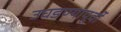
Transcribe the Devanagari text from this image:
उघडण्यापूर्वी